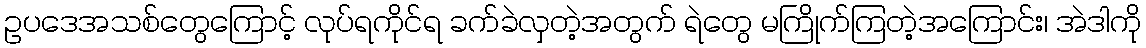
ဥပဒေအသစ်တွေကြောင့် လုပ်ရကိုင်ရ ခက်ခဲလှတဲ့အတွက် ရဲတွေ မကြိုက်ကြတဲ့အကြောင်း၊ အဲဒါကို